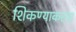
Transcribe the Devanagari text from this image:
शिकण्याकरता